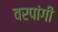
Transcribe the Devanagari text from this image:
वरपांगी